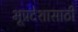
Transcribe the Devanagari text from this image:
भूप्रदेशासाठी